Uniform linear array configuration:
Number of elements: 4
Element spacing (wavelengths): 0.25
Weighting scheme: uniform
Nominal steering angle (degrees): -45
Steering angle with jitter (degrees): -43.004
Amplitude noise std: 0.05
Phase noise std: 0.05

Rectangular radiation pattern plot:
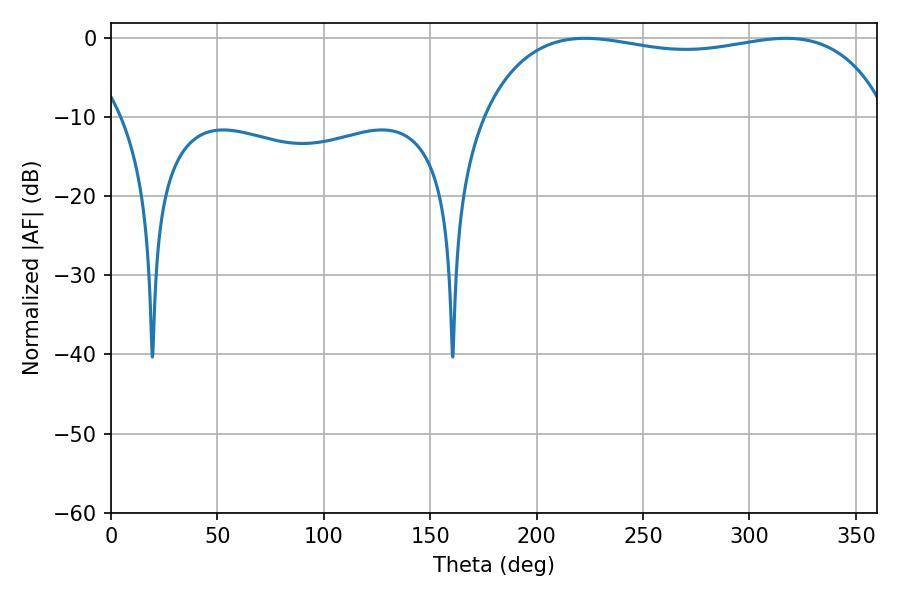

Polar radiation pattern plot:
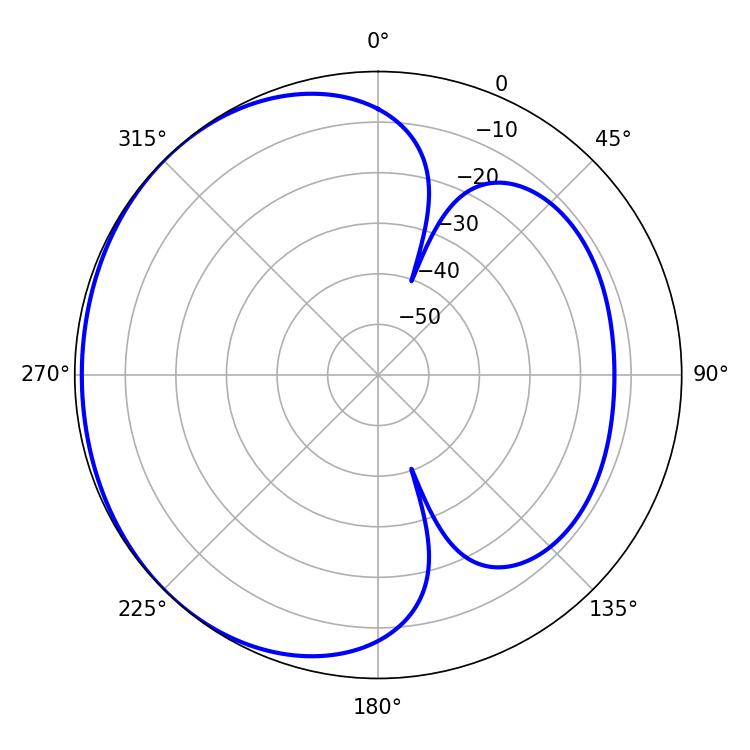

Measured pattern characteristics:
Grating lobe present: FALSE
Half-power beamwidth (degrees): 154.44
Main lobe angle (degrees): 222.84